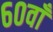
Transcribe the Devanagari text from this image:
६०वाँ